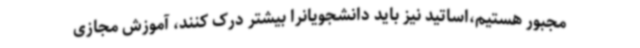
مجبور هستیم،اساتید نیز باید دانشجویانرا بیشتر درک کنند، آموزش مجازی